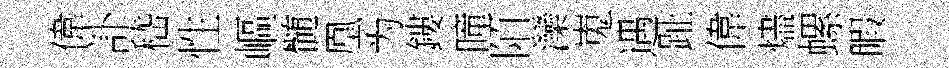
偉訃嵇性嶇髄凰为鏤曈陌灤嵬遇趾偉燼螺睱